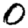
Digit: 0